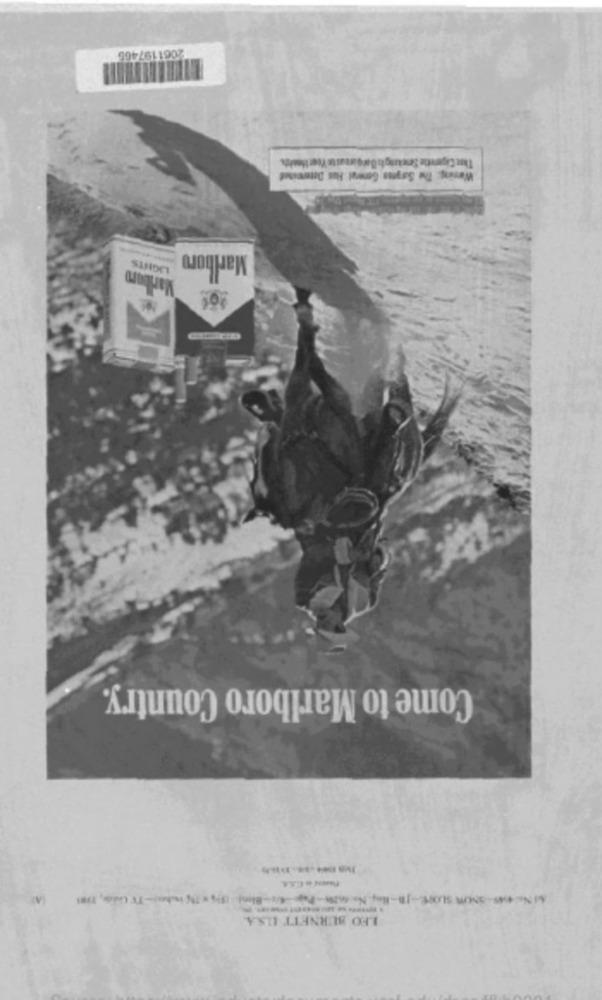
2061197465
That Cigarette Seictilgh Ourgiraite Yser Ifouk
Warning: The Sarymas Gerwal Hus Duserviset
LIGHTS
Marlboro
Come to Marlboro Country.
LEO BURNETT ILS.A.